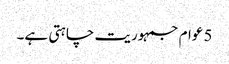
5 عوام جمہوریت چاہتی ہے۔